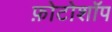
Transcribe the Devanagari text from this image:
फ़ोटोशॉप